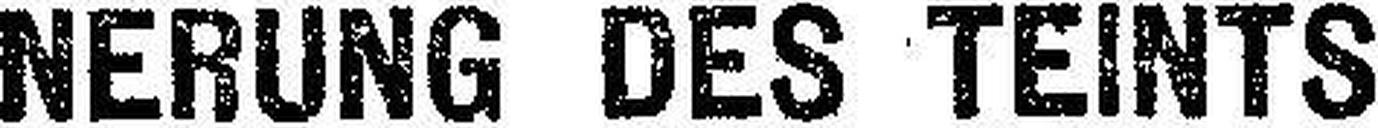
NERUNG DES TEINTS